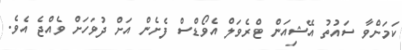
ކަމަށްވާ ސައުތު އޭޝިއަން ޓްރެވަލް އެވޯޑްސް ފެށެން އަށް ދުވަހަށް ވެއްޖެ އެވެ.